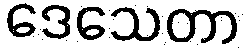
ဒေသေတာ